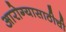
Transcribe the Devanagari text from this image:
आरोग्यासाठीची